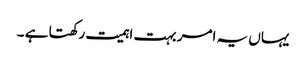
یہاں یہ امر بہت اہمیت رکھتا ہے ۔